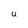
Character: U